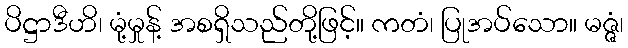
ပိဋ္ဌာဒီဟိ၊ မုံ့မှုန့် အစရှိသည်တို့ဖြင့်။ ကတံ၊ ပြုအပ်သော။ မဇ္ဇံ၊